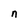
Character: n